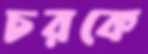
চরকে